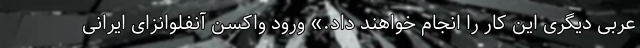
عربی دیگری این کار را انجام خواهند داد.» ورود واکسن آنفلوانزای ایرانی